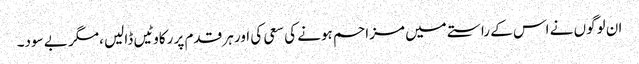
ان لوگوں نے اس کے راستے میں مزاحم ہونے کی سعی کی اور ہر قدم پر رکاوٹیں ڈالیں ،مگر بے سود۔